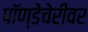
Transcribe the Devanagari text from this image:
पॉण्डेचेरीवर